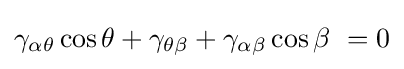
\gamma _{\alpha \theta }\cos {\theta }+\gamma _{\theta \beta }+\gamma _{\alpha \beta }\cos {\beta }\ =0